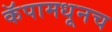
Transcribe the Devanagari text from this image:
कॅपामधूनच